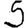
Digit: 5